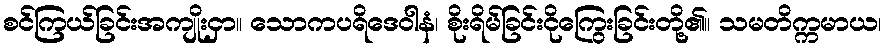
စင်ကြယ်ခြင်းအကျိုးငှာ။ သောကပရိဒေဝါနံ၊ စိုးရိမ်ခြင်းငိုကြွေးခြင်းတို့၏။ သမတိက္ကမာယ၊